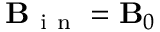
\mathbf { B } _ { \mathrm { ~ i ~ n ~ } } = \mathbf { B } _ { 0 }